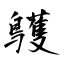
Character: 鸌